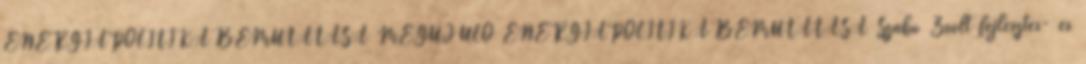
ENERGIAPOLITIKA BEMUTATÁSA MEGÚJULÓ ENERGIAPOLITIKA BEMUTATÁSA Szabó Zsolt fejlesztés- és